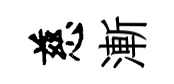
慈漸